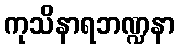
ကုသိနာရဘဏ္ဍနာ